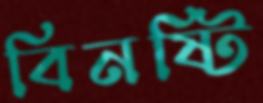
বিনষ্টি